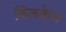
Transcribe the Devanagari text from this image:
बिलकेम